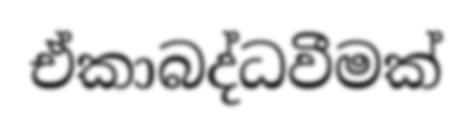
ඒකාබද්ධවීමක්